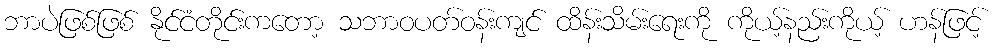
ဘာပဲဖြစ်ဖြစ် နိုင်ငံတိုင်းကတော့ သဘာဝပတ်ဝန်းကျင် ထိန်းသိမ်းရေးကို ကိုယ့်နည်းကိုယ့် ဟန်ဖြင့်